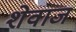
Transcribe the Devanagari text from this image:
शेवाज